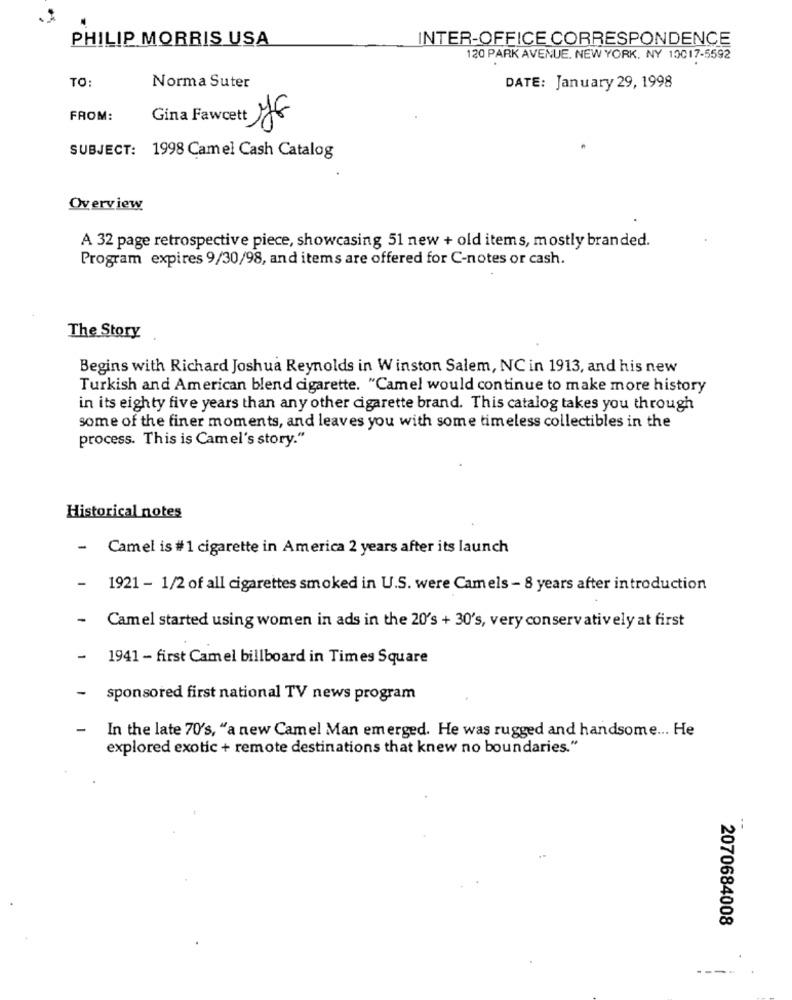
PHILIP MORRIS USA
INTER-OFFICE CORRESPONDENCE
120 PARK AVENUE. NEW YORK, NY 10017-5592
TO:
Norma Suter
DATE: January 29, 1998
FROM:
Gina Fawcett JE
SUBJECT: 1998 Camel Cash Catalog
Overview
A 32 page retrospective piece, showcasing 51 new + old items, mostly branded.
Program expires 9/30/98, and items are offered for C-notes or cash.
The Story
Begins with Richard Joshua Reynolds in Winston Salem, NC in 1913, and his new
Turkish and American blend cigarette. "Camel would continue to make more history
in its eighty five years than any other cigarette brand. This catalog takes you through
some of the finer moments, and leaves you with some timeless collectibles in the
process. This is Camel's story."
Historical notes
- Camel is # 1 cigarette in America 2 years after its launch
-
1921 - 1/2 of all cigarettes smoked in U.S. were Camels - 8 years after introduction
-
Camel started using women in ads in the 20's + 30's, very conservatively at first
-
1941 - first Camel billboard in Times Square
-
sponsored first national TV news program
-
In the late 70's, "a new Camel Man emerged. He was rugged and handsome ... He
explored exotic + remote destinations that knew no boundaries."
--
2070684008
----.